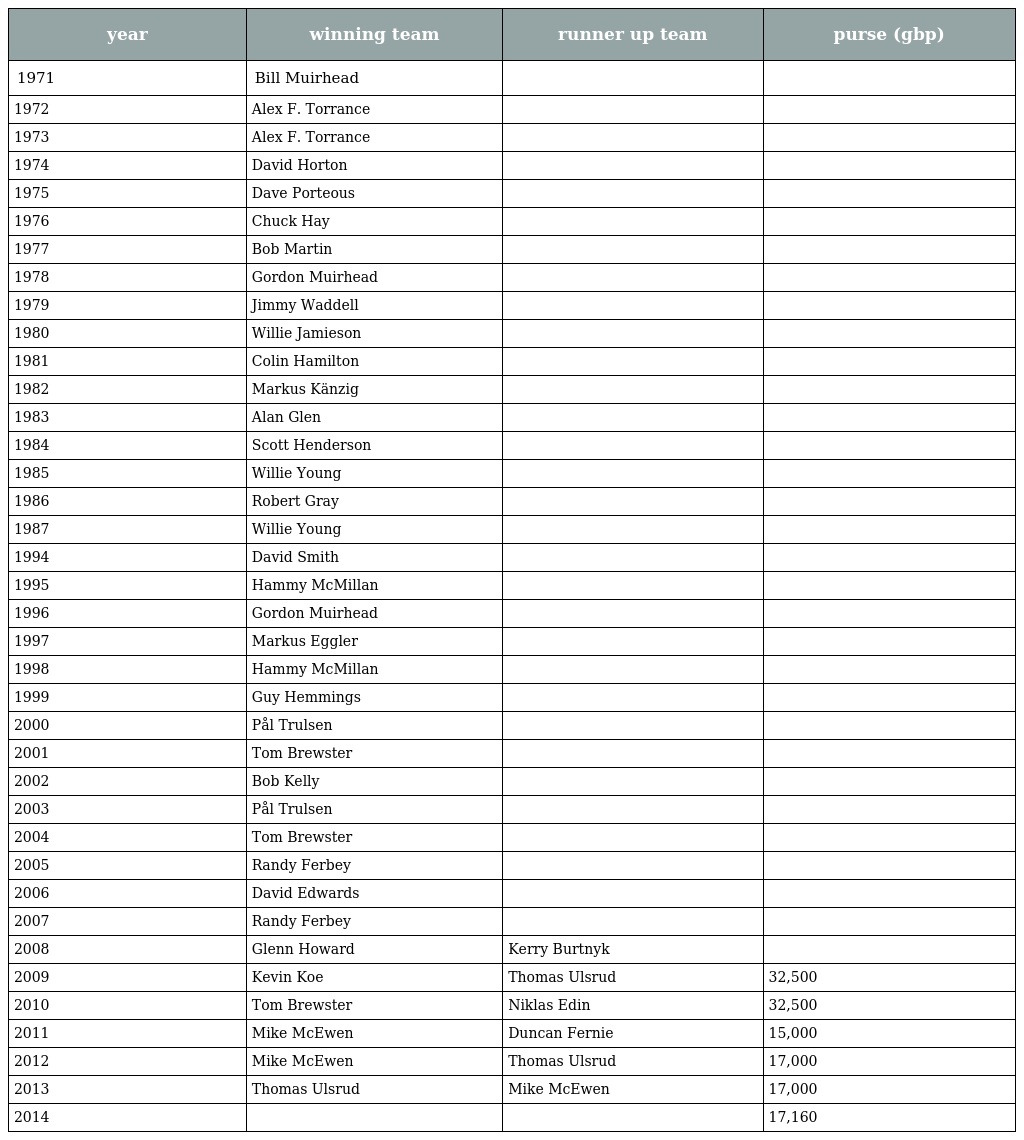
| year | winning team | runner up team | purse (gbp) |
 | --- | --- | --- | --- |
 | 1971 | Bill Muirhead |  |  |
 | 1972 | Alex F. Torrance |  |  |
 | 1973 | Alex F. Torrance |  |  |
 | 1974 | David Horton |  |  |
 | 1975 | Dave Porteous |  |  |
 | 1976 | Chuck Hay |  |  |
 | 1977 | Bob Martin |  |  |
 | 1978 | Gordon Muirhead |  |  |
 | 1979 | Jimmy Waddell |  |  |
 | 1980 | Willie Jamieson |  |  |
 | 1981 | Colin Hamilton |  |  |
 | 1982 | Markus Känzig |  |  |
 | 1983 | Alan Glen |  |  |
 | 1984 | Scott Henderson |  |  |
 | 1985 | Willie Young |  |  |
 | 1986 | Robert Gray |  |  |
 | 1987 | Willie Young |  |  |
 | 1994 | David Smith |  |  |
 | 1995 | Hammy McMillan |  |  |
 | 1996 | Gordon Muirhead |  |  |
 | 1997 | Markus Eggler |  |  |
 | 1998 | Hammy McMillan |  |  |
 | 1999 | Guy Hemmings |  |  |
 | 2000 | Pål Trulsen |  |  |
 | 2001 | Tom Brewster |  |  |
 | 2002 | Bob Kelly |  |  |
 | 2003 | Pål Trulsen |  |  |
 | 2004 | Tom Brewster |  |  |
 | 2005 | Randy Ferbey |  |  |
 | 2006 | David Edwards |  |  |
 | 2007 | Randy Ferbey |  |  |
 | 2008 | Glenn Howard | Kerry Burtnyk |  |
 | 2009 | Kevin Koe | Thomas Ulsrud | 32,500 |
 | 2010 | Tom Brewster | Niklas Edin | 32,500 |
 | 2011 | Mike McEwen | Duncan Fernie | 15,000 |
 | 2012 | Mike McEwen | Thomas Ulsrud | 17,000 |
 | 2013 | Thomas Ulsrud | Mike McEwen | 17,000 |
 | 2014 |  |  | 17,160 |